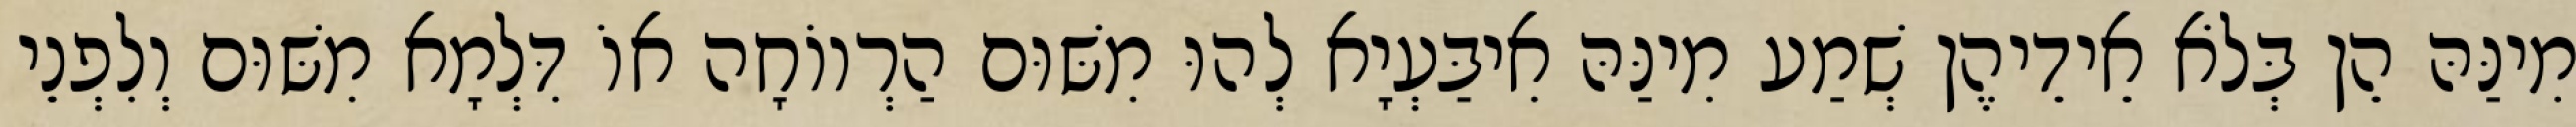
מִינַּהּ הֵן בְּלֹא אֵידֵיהֶן שְׁמַע מִינַּהּ אִיבַּעְיָא לְהוּ מִשּׁוּם הַרְווֹחָה אוֹ דִּלְמָא מִשּׁוּם וְלִפְנֵי